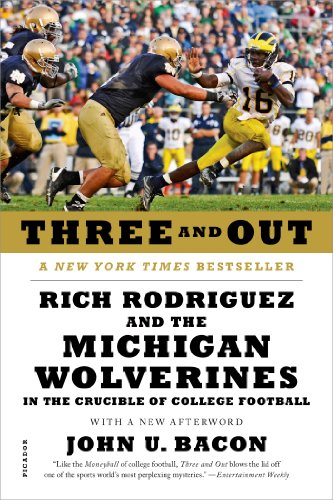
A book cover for Three and Out: Rich Rodriguez and the Michigan Wolverines in the Crucible of College Football; John U. Bacon; Sports & Outdoors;